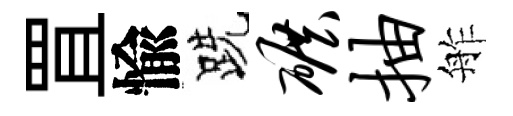
罝愉跣碾抽舴